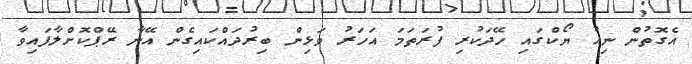
އެގޮތުން ނިއު ޔޯކްގައި ހޭދަކުރި ފުރަތަމަ އަހަރު ވަޅިން ބިރުދައްކައިގެން އޭނާ ރޭޕްކޮށްލާފައިވާ